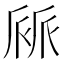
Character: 𠃄